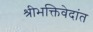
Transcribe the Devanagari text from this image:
श्रीभक्तिवेदांत